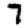
Digit: 7